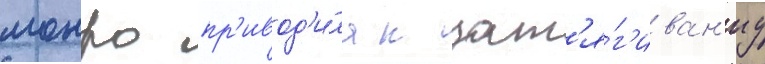
монро пр'ивод'и́ла к зат'я́г'иван'иу